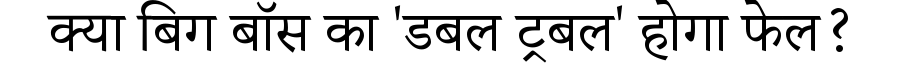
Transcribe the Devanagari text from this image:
क्या बिग बॉस का 'डबल ट्रबल' होगा फेल?